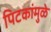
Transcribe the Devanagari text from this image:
पिटकांमुळे